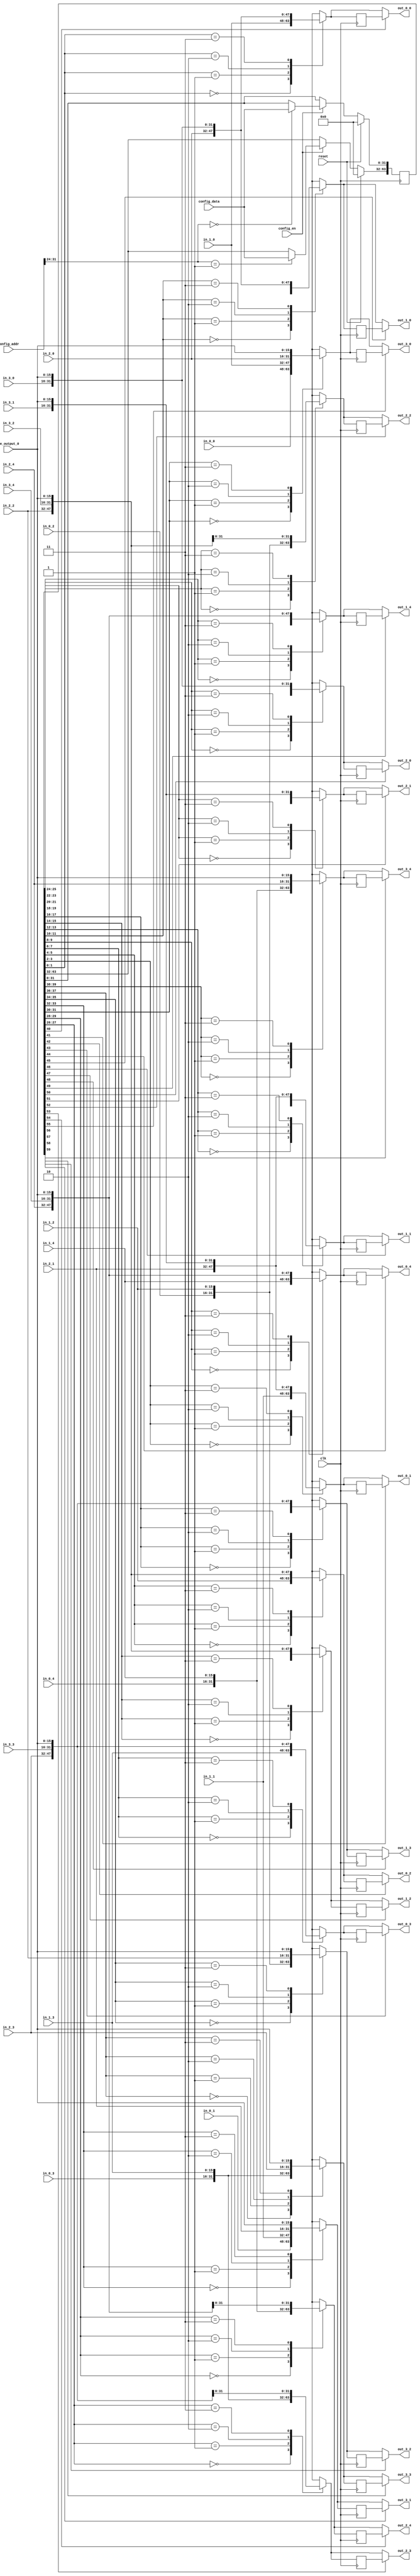
//
//--------------------------------------------------------------------------------
//          THIS FILE WAS AUTOMATICALLY GENERATED BY THE GENESIS2 ENGINE        
//  FOR MORE INFORMATION: OFER SHACHAM (CHIP GENESIS INC / STANFORD VLSI GROUP)
//    !! THIS VERSION OF GENESIS2 IS NOT FOR ANY COMMERCIAL USE !!
//     FOR COMMERCIAL LICENSE CONTACT SHACHAM@ALUMNI.STANFORD.EDU
//--------------------------------------------------------------------------------
//
//  
//	-----------------------------------------------
//	|            Genesis Release Info             |
//	|  $Change: 11904 $ --- $Date: 2013/08/03 $   |
//	-----------------------------------------------
//	
//
//  Source file: /Users/dillon/VerilogWorkspace/CGRAGenerator/hardware/generator_z/sb/sb.vp
//  Source template: sb
//
// --------------- Begin Pre-Generation Parameters Status Report ---------------
//
//	From 'generate' statement (priority=5):
// Parameter sides 	= 4
// Parameter is_bidi 	= 0
// Parameter width 	= 16
// Parameter sb_fs 	= 10000#10000#10000
// Parameter num_tracks 	= 5
// Parameter feedthrough_outputs 	= 00000
// Parameter pe_output_count 	= 1
// Parameter registered_outputs 	= 11111
//
//		---- ---- ---- ---- ---- ---- ---- ---- ---- ---- ----
//
//	From Command Line input (priority=4):
//
//		---- ---- ---- ---- ---- ---- ---- ---- ---- ---- ----
//
//	From XML input (priority=3):
//
//		---- ---- ---- ---- ---- ---- ---- ---- ---- ---- ----
//
//	From Config File input (priority=2):
//
// ---------------- End Pre-Generation Pramameters Status Report ----------------

// width (_GENESIS2_INHERITANCE_PRIORITY_) = 16
//
// num_tracks (_GENESIS2_INHERITANCE_PRIORITY_) = 5
//
// sides (_GENESIS2_INHERITANCE_PRIORITY_) = 4
//
// feedthrough_outputs (_GENESIS2_INHERITANCE_PRIORITY_) = 00000
//
// registered_outputs (_GENESIS2_INHERITANCE_PRIORITY_) = 0x2b67
//
// pe_output_count (_GENESIS2_INHERITANCE_PRIORITY_) = 1
//
// is_bidi (_GENESIS2_INHERITANCE_PRIORITY_) = 0
//
// sb_fs (_GENESIS2_INHERITANCE_PRIORITY_) = 10000#10000#10000
//



module sb_unq1 (
clk, reset,
pe_output_0,
out_0_0,
in_0_0,
out_0_1,
in_0_1,
out_0_2,
in_0_2,
out_0_3,
in_0_3,
out_0_4,
in_0_4,
out_1_0,
in_1_0,
out_1_1,
in_1_1,
out_1_2,
in_1_2,
out_1_3,
in_1_3,
out_1_4,
in_1_4,
out_2_0,
in_2_0,
out_2_1,
in_2_1,
out_2_2,
in_2_2,
out_2_3,
in_2_3,
out_2_4,
in_2_4,
out_3_0,
in_3_0,
out_3_1,
in_3_1,
out_3_2,
in_3_2,
out_3_3,
in_3_3,
out_3_4,
in_3_4,
config_addr,
config_data,
config_en
);

  input  clk;
  input  reset;
  input  config_en;
  input [31:0] config_data;

  // FIXME
  // Bits [31:24] are for switch box, [23:0] for connection box.
  // So bits  [23:0] go unused in this module.  Until this is fixed,
  // we have to let the linter know (verilator directives below) or it complains:
  // %Warning-UNUSED: .../sb_unq1.v:115: Bits of signal are not used: config_addr[23:0]
  /* verilator lint_off UNUSED */
  input [31:0] config_addr;
  /* verilator lint_on UNUSED */

  input [15:0] pe_output_0;
  
  output [15:0] out_0_0;
  input [15:0] in_0_0;
  output [15:0] out_0_1;
  input [15:0] in_0_1;
  output [15:0] out_0_2;
  input [15:0] in_0_2;
  output [15:0] out_0_3;
  input [15:0] in_0_3;
  output [15:0] out_0_4;
  input [15:0] in_0_4;
  output [15:0] out_1_0;
  input [15:0] in_1_0;
  output [15:0] out_1_1;
  input [15:0] in_1_1;
  output [15:0] out_1_2;
  input [15:0] in_1_2;
  output [15:0] out_1_3;
  input [15:0] in_1_3;
  output [15:0] out_1_4;
  input [15:0] in_1_4;
  output [15:0] out_2_0;
  input [15:0] in_2_0;
  output [15:0] out_2_1;
  input [15:0] in_2_1;
  output [15:0] out_2_2;
  input [15:0] in_2_2;
  output [15:0] out_2_3;
  input [15:0] in_2_3;
  output [15:0] out_2_4;
  input [15:0] in_2_4;
  output [15:0] out_3_0;
  input [15:0] in_3_0;
  output [15:0] out_3_1;
  input [15:0] in_3_1;
  output [15:0] out_3_2;
  input [15:0] in_3_2;
  output [15:0] out_3_3;
  input [15:0] in_3_3;
  output [15:0] out_3_4;
  input [15:0] in_3_4;




  // reg [63:0] config_sb;

  // Note not all config bits are used by this module.  Is this on purpose?
  // As a result, however, verilator needs lint directives or it complains:
  // %Warning-UNUSED: .../sb_unq1.v:164: Bits of signal are not used: config_sb[63:60]
  // %Warning-UNUSED: .../sb_unq3.v:164: Bits of signal are not used: config_sb[63:40]
  // [FIXME Owner please confirm that this is correct and delete this FIXME line]

  /* verilator lint_off UNUSED */
  reg [63:0] config_sb;
  /* verilator lint_on UNUSED */
  
  always @(posedge clk) begin
    if (reset==1'b1) begin

   // Seems like the entire register should be initialized, not just a subset of the bits, yes?
   // FIXME Owner please check that this is still correct!
   // config_sb <= 60'd0;
      config_sb <= 64'd0;

    end else begin
      if (config_en==1'b1) begin
         case (config_addr[31:24])
           8'd0: config_sb[31:0] <= config_data;
           8'd1: config_sb[63:32] <= config_data;

           default: ;

         endcase
      end
    end
  end

  reg [15:0] out_0_0_i;
  always @(*) begin
    case (config_sb[1:0])
        2'd0: out_0_0_i = in_1_0;
        2'd1: out_0_0_i = in_2_0;
        2'd2: out_0_0_i = in_3_0;
        2'd3: out_0_0_i = pe_output_0;

    endcase
  end
  reg [15:0] out_0_0_id1;
  always @(posedge clk) begin
    out_0_0_id1 <= out_0_0_i;
  end
  assign out_0_0 = config_sb[40]?out_0_0_id1:out_0_0_i; 
  reg [15:0] out_0_1_i;
  always @(*) begin
    case (config_sb[3:2])
        2'd0: out_0_1_i = in_1_1;
        2'd1: out_0_1_i = in_2_1;
        2'd2: out_0_1_i = in_3_1;
        2'd3: out_0_1_i = pe_output_0;

    endcase
  end
  reg [15:0] out_0_1_id1;
  always @(posedge clk) begin
    out_0_1_id1 <= out_0_1_i;
  end
  assign out_0_1 = config_sb[41]?out_0_1_id1:out_0_1_i; 
  reg [15:0] out_0_2_i;
  always @(*) begin
    case (config_sb[5:4])
        2'd0: out_0_2_i = in_1_2;
        2'd1: out_0_2_i = in_2_2;
        2'd2: out_0_2_i = in_3_2;
        2'd3: out_0_2_i = pe_output_0;

    endcase
  end
  reg [15:0] out_0_2_id1;
  always @(posedge clk) begin
    out_0_2_id1 <= out_0_2_i;
  end
  assign out_0_2 = config_sb[42]?out_0_2_id1:out_0_2_i; 
  reg [15:0] out_0_3_i;
  always @(*) begin
    case (config_sb[7:6])
        2'd0: out_0_3_i = in_1_3;
        2'd1: out_0_3_i = in_2_3;
        2'd2: out_0_3_i = in_3_3;
        2'd3: out_0_3_i = pe_output_0;

    endcase
  end
  reg [15:0] out_0_3_id1;
  always @(posedge clk) begin
    out_0_3_id1 <= out_0_3_i;
  end
  assign out_0_3 = config_sb[43]?out_0_3_id1:out_0_3_i; 
  reg [15:0] out_0_4_i;
  always @(*) begin
    case (config_sb[9:8])
        2'd0: out_0_4_i = in_1_4;
        2'd1: out_0_4_i = in_2_4;
        2'd2: out_0_4_i = in_3_4;
        2'd3: out_0_4_i = pe_output_0;

    endcase
  end
  reg [15:0] out_0_4_id1;
  always @(posedge clk) begin
    out_0_4_id1 <= out_0_4_i;
  end
  assign out_0_4 = config_sb[44]?out_0_4_id1:out_0_4_i; 
  reg [15:0] out_1_0_i;
  always @(*) begin
    case (config_sb[11:10])
        2'd0: out_1_0_i = in_0_0;
        2'd1: out_1_0_i = in_2_0;
        2'd2: out_1_0_i = in_3_0;
        2'd3: out_1_0_i = pe_output_0;

    endcase
  end
  reg [15:0] out_1_0_id1;
  always @(posedge clk) begin
    out_1_0_id1 <= out_1_0_i;
  end
  assign out_1_0 = config_sb[45]?out_1_0_id1:out_1_0_i; 
  reg [15:0] out_1_1_i;
  always @(*) begin
    case (config_sb[13:12])
        2'd0: out_1_1_i = in_0_1;
        2'd1: out_1_1_i = in_2_1;
        2'd2: out_1_1_i = in_3_1;
        2'd3: out_1_1_i = pe_output_0;

    endcase
  end
  reg [15:0] out_1_1_id1;
  always @(posedge clk) begin
    out_1_1_id1 <= out_1_1_i;
  end
  assign out_1_1 = config_sb[46]?out_1_1_id1:out_1_1_i; 
  reg [15:0] out_1_2_i;
  always @(*) begin
    case (config_sb[15:14])
        2'd0: out_1_2_i = in_0_2;
        2'd1: out_1_2_i = in_2_2;
        2'd2: out_1_2_i = in_3_2;
        2'd3: out_1_2_i = pe_output_0;

    endcase
  end
  reg [15:0] out_1_2_id1;
  always @(posedge clk) begin
    out_1_2_id1 <= out_1_2_i;
  end
  assign out_1_2 = config_sb[47]?out_1_2_id1:out_1_2_i; 
  reg [15:0] out_1_3_i;
  always @(*) begin
    case (config_sb[17:16])
        2'd0: out_1_3_i = in_0_3;
        2'd1: out_1_3_i = in_2_3;
        2'd2: out_1_3_i = in_3_3;
        2'd3: out_1_3_i = pe_output_0;

    endcase
  end
  reg [15:0] out_1_3_id1;
  always @(posedge clk) begin
    out_1_3_id1 <= out_1_3_i;
  end
  assign out_1_3 = config_sb[48]?out_1_3_id1:out_1_3_i; 
  reg [15:0] out_1_4_i;
  always @(*) begin
    case (config_sb[19:18])
        2'd0: out_1_4_i = in_0_4;
        2'd1: out_1_4_i = in_2_4;
        2'd2: out_1_4_i = in_3_4;
        2'd3: out_1_4_i = pe_output_0;

    endcase
  end
  reg [15:0] out_1_4_id1;
  always @(posedge clk) begin
    out_1_4_id1 <= out_1_4_i;
  end
  assign out_1_4 = config_sb[49]?out_1_4_id1:out_1_4_i; 
  reg [15:0] out_2_0_i;
  always @(*) begin
    case (config_sb[21:20])
        2'd0: out_2_0_i = in_0_0;
        2'd1: out_2_0_i = in_1_0;
        2'd2: out_2_0_i = in_3_0;
        2'd3: out_2_0_i = pe_output_0;

    endcase
  end
  reg [15:0] out_2_0_id1;
  always @(posedge clk) begin
    out_2_0_id1 <= out_2_0_i;
  end
  assign out_2_0 = config_sb[50]?out_2_0_id1:out_2_0_i; 
  reg [15:0] out_2_1_i;
  always @(*) begin
    case (config_sb[23:22])
        2'd0: out_2_1_i = in_0_1;
        2'd1: out_2_1_i = in_1_1;
        2'd2: out_2_1_i = in_3_1;
        2'd3: out_2_1_i = pe_output_0;

    endcase
  end
  reg [15:0] out_2_1_id1;
  always @(posedge clk) begin
    out_2_1_id1 <= out_2_1_i;
  end
  assign out_2_1 = config_sb[51]?out_2_1_id1:out_2_1_i; 
  reg [15:0] out_2_2_i;
  always @(*) begin
    case (config_sb[25:24])
        2'd0: out_2_2_i = in_0_2;
        2'd1: out_2_2_i = in_1_2;
        2'd2: out_2_2_i = in_3_2;
        2'd3: out_2_2_i = pe_output_0;

    endcase
  end
  reg [15:0] out_2_2_id1;
  always @(posedge clk) begin
    out_2_2_id1 <= out_2_2_i;
  end
  assign out_2_2 = config_sb[52]?out_2_2_id1:out_2_2_i; 
  reg [15:0] out_2_3_i;
  always @(*) begin
    case (config_sb[27:26])
        2'd0: out_2_3_i = in_0_3;
        2'd1: out_2_3_i = in_1_3;
        2'd2: out_2_3_i = in_3_3;
        2'd3: out_2_3_i = pe_output_0;

    endcase
  end
  reg [15:0] out_2_3_id1;
  always @(posedge clk) begin
    out_2_3_id1 <= out_2_3_i;
  end
  assign out_2_3 = config_sb[53]?out_2_3_id1:out_2_3_i; 
  reg [15:0] out_2_4_i;
  always @(*) begin
    case (config_sb[29:28])
        2'd0: out_2_4_i = in_0_4;
        2'd1: out_2_4_i = in_1_4;
        2'd2: out_2_4_i = in_3_4;
        2'd3: out_2_4_i = pe_output_0;

    endcase
  end
  reg [15:0] out_2_4_id1;
  always @(posedge clk) begin
    out_2_4_id1 <= out_2_4_i;
  end
  assign out_2_4 = config_sb[54]?out_2_4_id1:out_2_4_i; 
  reg [15:0] out_3_0_i;
  always @(*) begin
    case (config_sb[31:30])
        2'd0: out_3_0_i = in_0_0;
        2'd1: out_3_0_i = in_1_0;
        2'd2: out_3_0_i = in_2_0;
        2'd3: out_3_0_i = pe_output_0;

    endcase
  end
  reg [15:0] out_3_0_id1;
  always @(posedge clk) begin
    out_3_0_id1 <= out_3_0_i;
  end
  assign out_3_0 = config_sb[55]?out_3_0_id1:out_3_0_i; 
  reg [15:0] out_3_1_i;
  always @(*) begin
    case (config_sb[33:32])
        2'd0: out_3_1_i = in_0_1;
        2'd1: out_3_1_i = in_1_1;
        2'd2: out_3_1_i = in_2_1;
        2'd3: out_3_1_i = pe_output_0;

    endcase
  end
  reg [15:0] out_3_1_id1;
  always @(posedge clk) begin
    out_3_1_id1 <= out_3_1_i;
  end
  assign out_3_1 = config_sb[56]?out_3_1_id1:out_3_1_i; 
  reg [15:0] out_3_2_i;
  always @(*) begin
    case (config_sb[35:34])
        2'd0: out_3_2_i = in_0_2;
        2'd1: out_3_2_i = in_1_2;
        2'd2: out_3_2_i = in_2_2;
        2'd3: out_3_2_i = pe_output_0;

    endcase
  end
  reg [15:0] out_3_2_id1;
  always @(posedge clk) begin
    out_3_2_id1 <= out_3_2_i;
  end
  assign out_3_2 = config_sb[57]?out_3_2_id1:out_3_2_i; 
  reg [15:0] out_3_3_i;
  always @(*) begin
    case (config_sb[37:36])
        2'd0: out_3_3_i = in_0_3;
        2'd1: out_3_3_i = in_1_3;
        2'd2: out_3_3_i = in_2_3;
        2'd3: out_3_3_i = pe_output_0;

    endcase
  end
  reg [15:0] out_3_3_id1;
  always @(posedge clk) begin
    out_3_3_id1 <= out_3_3_i;
  end
  assign out_3_3 = config_sb[58]?out_3_3_id1:out_3_3_i; 
  reg [15:0] out_3_4_i;
  always @(*) begin
    case (config_sb[39:38])
        2'd0: out_3_4_i = in_0_4;
        2'd1: out_3_4_i = in_1_4;
        2'd2: out_3_4_i = in_2_4;
        2'd3: out_3_4_i = pe_output_0;

    endcase
  end
  reg [15:0] out_3_4_id1;
  always @(posedge clk) begin
    out_3_4_id1 <= out_3_4_i;
  end
  assign out_3_4 = config_sb[59]?out_3_4_id1:out_3_4_i; 
endmodule